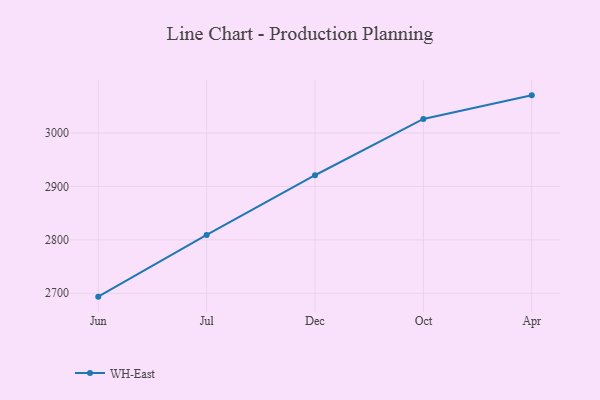
{"axis": {"x": "Month", "y": "Market Share (%)"}, "legend": ["WH-East"], "data": [{"x": "Jun", "y": 2693.7, "type": "WH-East"}, {"x": "Jul", "y": 2809.2, "type": "WH-East"}, {"x": "Dec", "y": 2920.9, "type": "WH-East"}, {"x": "Oct", "y": 3026.3, "type": "WH-East"}, {"x": "Apr", "y": 3070.4, "type": "WH-East"}]}